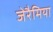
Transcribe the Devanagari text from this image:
जेरैमिया